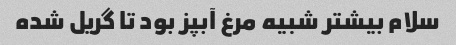
سلام بیشتر شبیه مرغ آبپز بود تا گریل شده